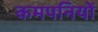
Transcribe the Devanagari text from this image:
कमपनियों